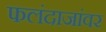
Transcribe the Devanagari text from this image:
फलंदाजांवर